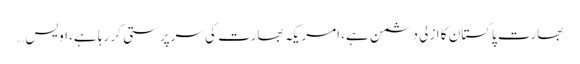
بھارت پاکستان کا ازلی دشمن ہے، امریکہ بھارت کی سرپرستی کر رہا ہے، اویس…